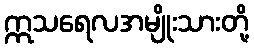
ဣသရေလအမျိုးသားတို့